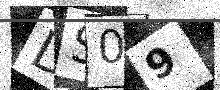
Text: DS09